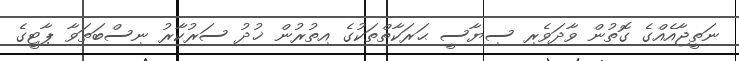
ނަތީޖާއެއްގެ ގޮތުން ވާދަވެރި ސިޔާސީ ޙަރަކާތްތަކުގެ އިތުރުން ޚުދު ސަރުކާރު ނިސްބަތަވާ ޕާޓީގެ